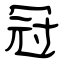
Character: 冠